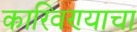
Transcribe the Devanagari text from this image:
कारिवण्याचा